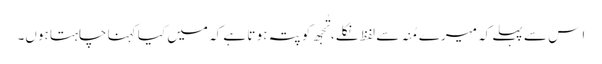
اِس سے پہلے کہ میرے مُنہ سے لفظ نکلے، تُجھ کو پتہ ہو تا ہے کہ میں کیا کہنا چاہتا ہوں۔